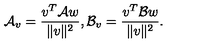
{ \cal A } _ { v } = { \frac { v ^ { T } { \cal A } w } { \| v \| ^ { 2 } } } , { \cal B } _ { v } = { \frac { v ^ { T } { \cal B } w } { \| v \| ^ { 2 } } } .